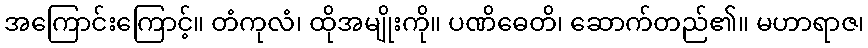
အကြောင်းကြောင့်။ တံကုလံ၊ ထိုအမျိုးကို။ ပဏိဓေတိ၊ ဆောက်တည်၏။ မဟာရာဇ၊